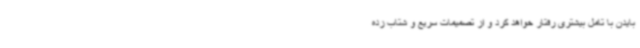
بایدن با تامل بیشتری رفتار خواهد کرد و از تصمیمات سریع و شتاب زده